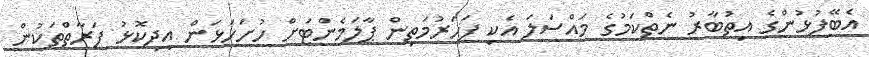
އެބޭފުޅުންގެ އިތުބާރު ނެތްކަމުގެ މައްސަލަ އެކި ފަހަރުމަތިން ޕާލަމެންޓަށް ހުށަހަޅަން އިދިކޮޅު ފަރާތްތަކުން